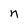
Character: n